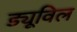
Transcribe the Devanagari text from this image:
ड्यूविल